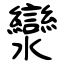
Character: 灓